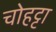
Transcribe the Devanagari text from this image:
चोहट्टा